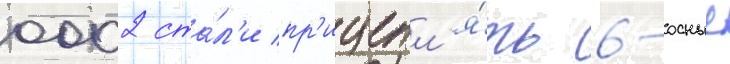
0002 ста́л'и пр'ицепл'я́ть 6-осные